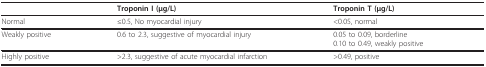
<table><thead><tr><td></td><td><b>Troponin I (μg/L)</b></td><td><b>Troponin T (μg/L)</b></td></tr></thead><tbody><tr><td>Normal</td><td>≤0.5, No myocardial injury</td><td>&lt;0.05, normal</td></tr><tr><td>Weakly positive</td><td>0.6 to 2.3, suggestive of myocardial injury</td><td>0.05 to 0.09, borderline0.10 to 0.49, weakly positive</td></tr><tr><td>Highly positive</td><td>&gt;2.3, suggestive of acute myocardial infarction</td><td>&gt;0.49, positive</td></tr></tbody></table>